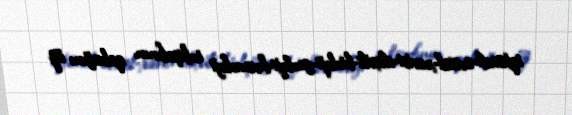
iqtisadi-sosial-xarici-daxili-bioloji-geoloji-kosmoloji inkişafının qabağını öz